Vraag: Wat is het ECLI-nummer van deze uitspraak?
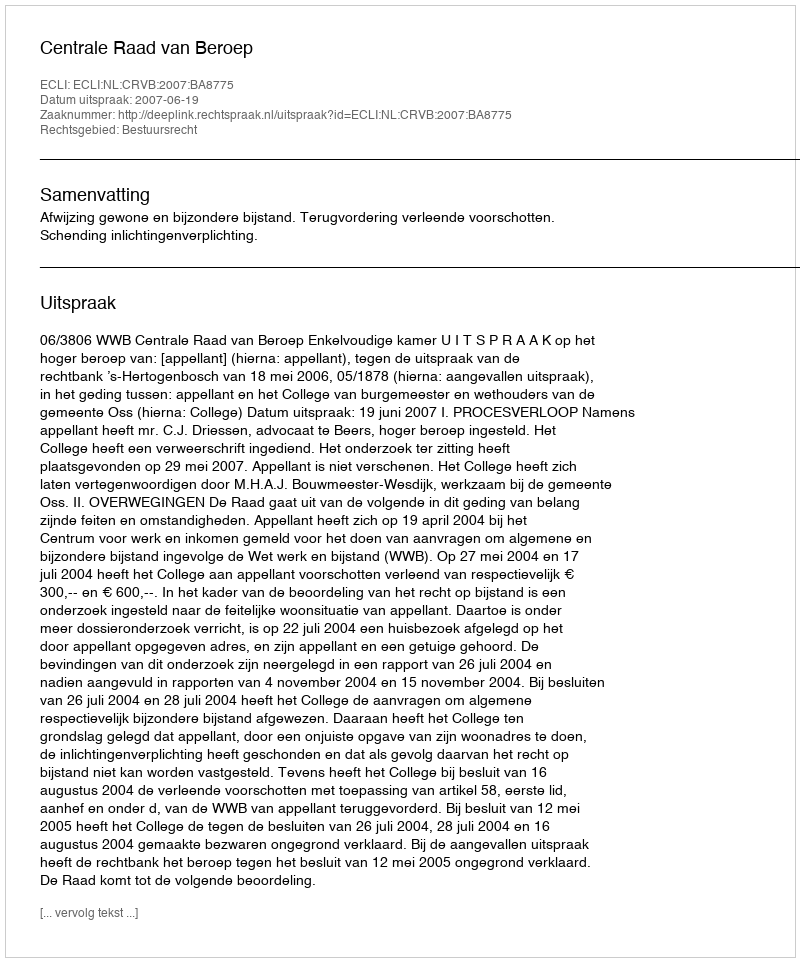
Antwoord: ECLI:NL:CRVB:2007:BA8775